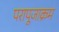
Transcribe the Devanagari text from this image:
परापूजाक्रम